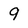
Character: 9